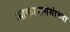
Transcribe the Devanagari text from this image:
आकाशगंगांच्या